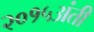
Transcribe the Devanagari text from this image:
२०१५अंती